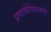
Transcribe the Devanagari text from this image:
प्रणालीशिवायही